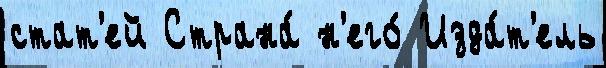
стат'ей Страна́ н'его́ Изда́т'ель